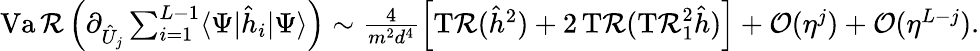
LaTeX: \textstyle\operatorname{Va\mathcal{R}}\Big(\partial_{\hat{{U}}_{j}}\sum_{i=1}^{L-1}\langle\Psi|\hat{{h}}_{i}|\Psi\rangle\Big)\sim\frac{{4}}{{m^{2}d^{4}}}\left[\operatorname{T\mathcal{R}}(\hat{{h}}^{2})+2\operatorname{T\mathcal{R}}(\operatorname{T\mathcal{R}}_{1}^{2}\hat{{h}})\right]+\mathcal{{O}}(\eta^{j})+\mathcal{{O}}(\eta^{L-j}).